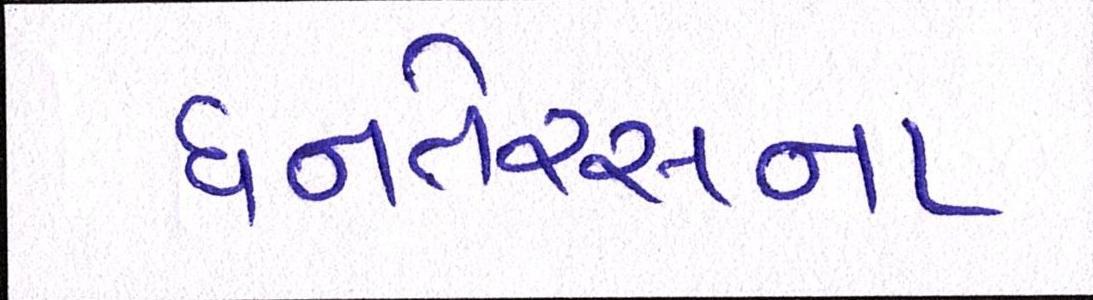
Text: ધનતેરસના